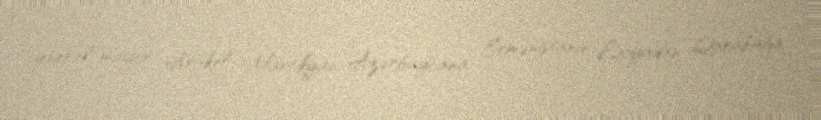
general-mayor Arakel Martikyan Azərbaycana Ermənistanın Liviyadan Qarabağa